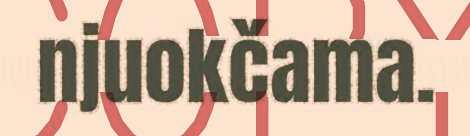
njuokčama.